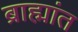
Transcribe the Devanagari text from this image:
ब्राह्मांत